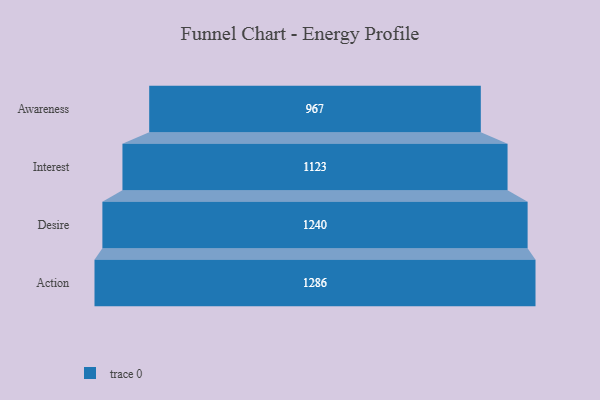
{"axis": {"x": "Stage", "y": "Value"}, "legend": [""], "data": [{"x": "Awareness", "y": 967.0, "type": ""}, {"x": "Interest", "y": 1123.0, "type": ""}, {"x": "Desire", "y": 1240.0, "type": ""}, {"x": "Action", "y": 1286.0, "type": ""}]}